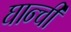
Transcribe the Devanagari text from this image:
घान्ची